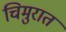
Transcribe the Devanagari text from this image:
चिमुरात